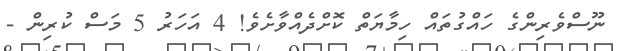
ނޫސްވެރިންގެ ހައްގުތައް ހިމާޔަތް ކޮށްދެއްވާށެވެ! 4 އަހަރު 5 މަސް ކުރިން -